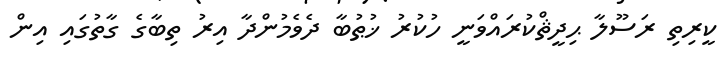
ކީރިތި ރަސޫލާ ޙިދީޘްކުރައްވަނީ ހުކުރު ޚުޠުބާ ދެވެމުންދާ އިރު ތިބާގެ ގާތުގައި އިން